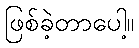
ဖြစ်ခဲ့တာပေါ့။